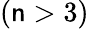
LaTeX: (\mathsf{n}>3)